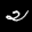
Label: 2